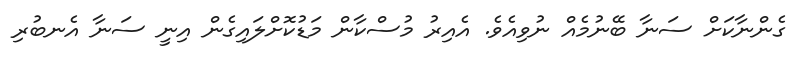
ގެންނާކަށް ސަނާ ބޭނުމެއް ނުވިއެވެ. އެއިރު މުސްކާން މަޑުކޮށްލައިގެން އިނީ ސަނާ އެނބުރި